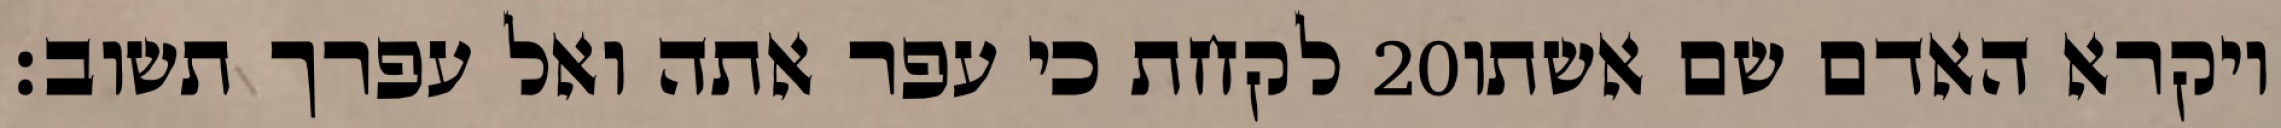
לקחת כי עפר אתה ואל עפרך תשוב׃ ‎20‏ ויקרא האדם שם אשתו